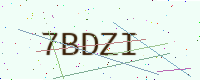
Text: 7BDZI